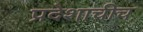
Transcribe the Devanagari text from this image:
प्रदेशाचीच